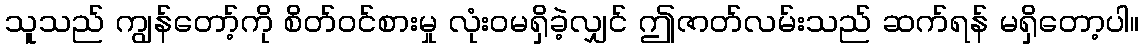
သူသည် ကျွန်တော့်ကို စိတ်ဝင်စားမှု လုံးဝမရှိခဲ့လျှင် ဤဇာတ်လမ်းသည် ဆက်ရန် မရှိတော့ပါ။